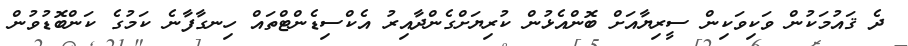
ދެ ޤައުމަކުން ވަކިވަކިން ސީރިޔާއަށް ބޮންއެޅުން ކުރިޔަށްގެންދާއިރު އެކްސިޑެންޓްތައް ހިނގާފާނެ ކަމުގެ ކަންބޮޑުވުން